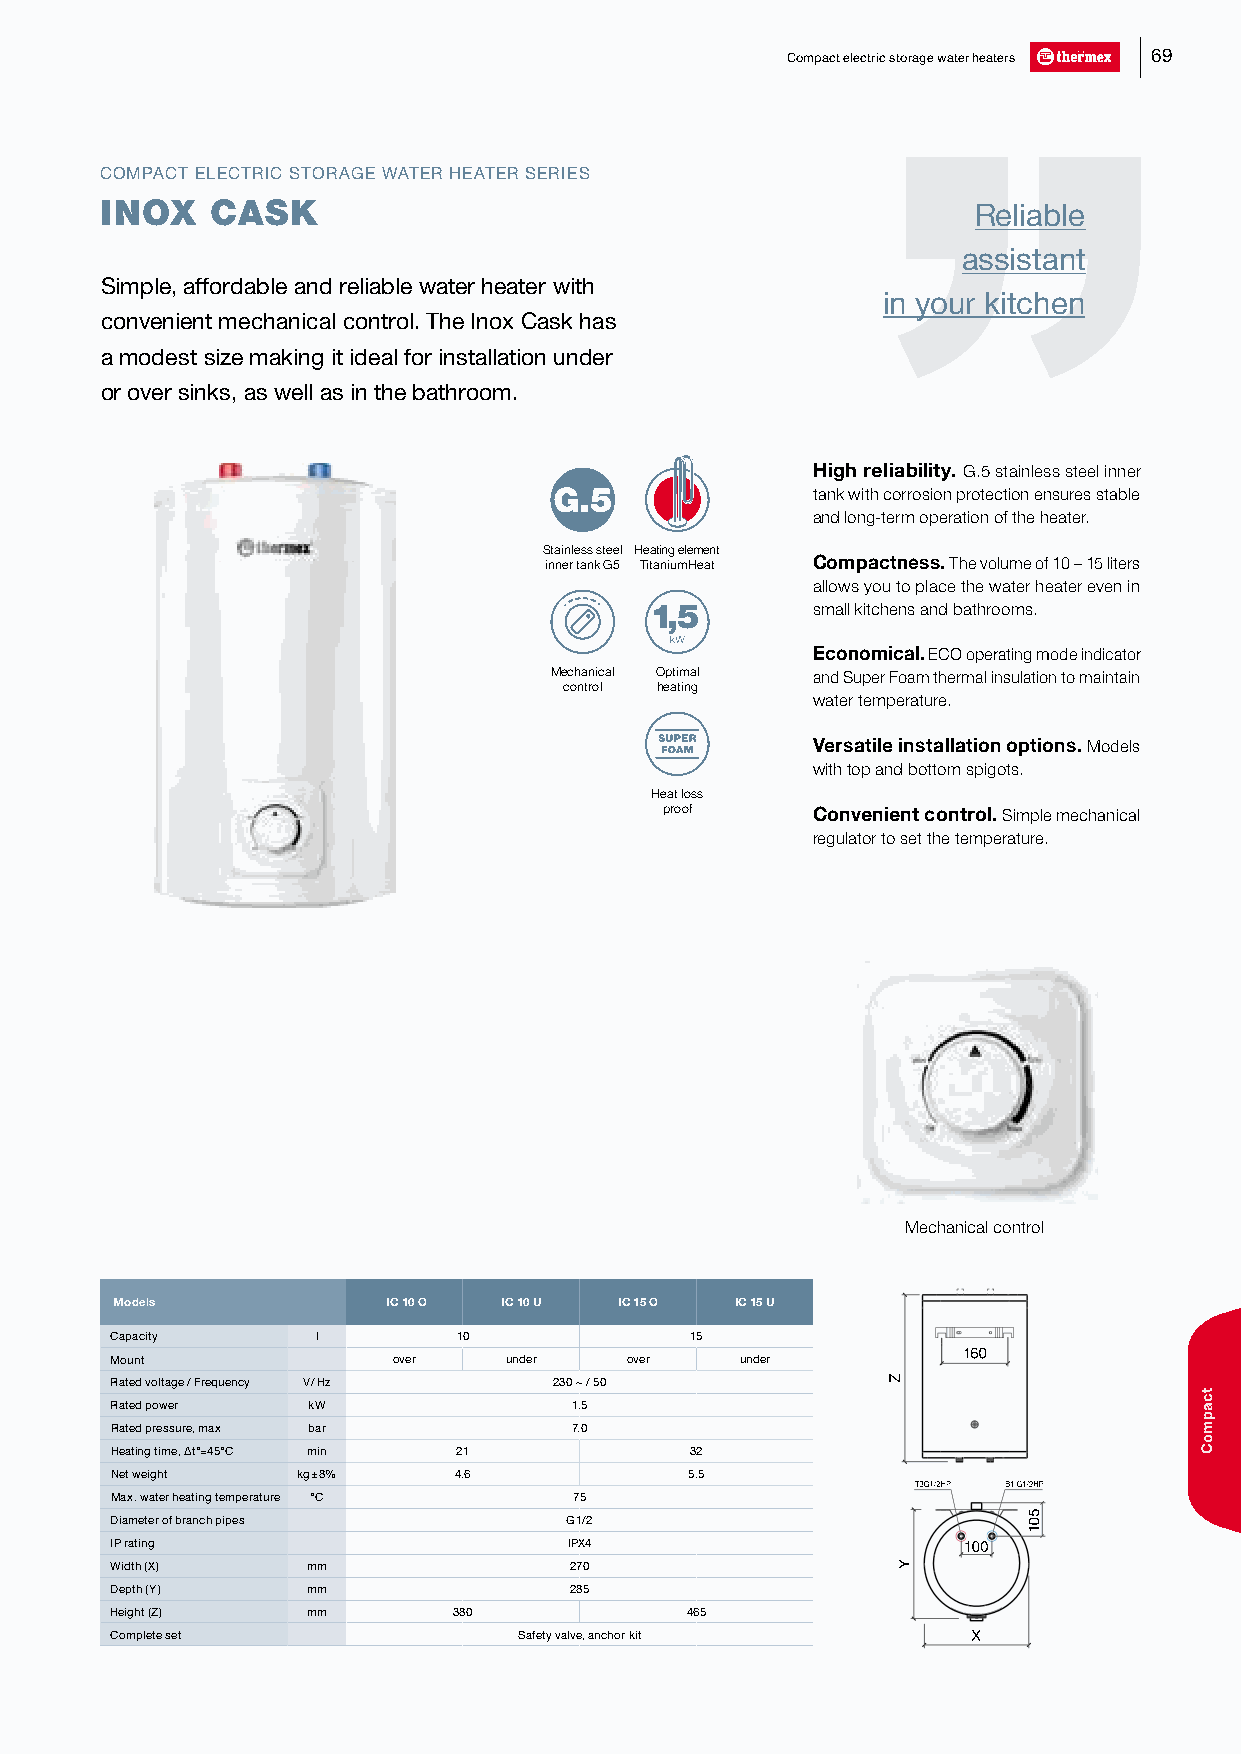
Compact electric storage water heaters 69
 COMPACT ELECTRIC STORAGE WATER HEATER SERIES
 INOX   CASK                                              Reliable
 assistant
 Simple, affordable and reliable water heater with
 in your kitchen
 convenient mechanical control. The Inox Cask has
 a modest size making it ideal for installation under
 or over sinks, as well as in the bathroom.
 High reliability. G.5 stainless steel inner
 tank with corrosion protection ensures stable
 and long-term operation of the heater.
 Stainless steel Heating element
 inner tank G5 TitaniumHeat Compactness. The volume of 10 – 15 liters
 allows you to place the water heater even in
 small kitchens and bathrooms.
 Economical. ECO operating mode indicator
 Mechanical Optimal and Super Foam thermal insulation to maintain
 control heating
 water temperature.
 Versatile installation options. Models
 with top and bottom spigots.
 Heat loss
 proof     Convenient control. Simple mechanical
 regulator to set the temperature.
 Mechanical control
 Models            IC 10 O IC 10 U IC 15 O IC 15 U
 Capacity      l        10              15
 160
 Mount              over   under   over    under
 Rated voltage / Frequency V / Hz 230 ~ / 50
 Rated power  kW                1.5
 Rated pressure, max bar        7.0
 Heating time, ∆t°=45°C min 21          32
 Net weight   kg ± 8%   4.6             5.5
 Т3G1/2HP B1 G1/2HP
 Max. water heating temperature °С 75
 Diameter of branch pipes      G 1/2
 IP rating                      IPX4                      110000
 Width (X)    mm                270
 Depth (Y)    mm                285
 Height (Z)   mm        380            465
 Complete set               Safety valve, anchor kit      X
 Z
 Y
 501
 tcapmoC